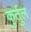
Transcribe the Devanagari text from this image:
कुर्तुल